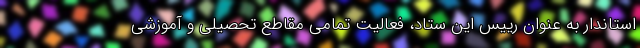
استاندار به عنوان رییس این ستاد، فعالیت تمامی مقاطع تحصیلی و آموزشی